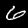
Label: 6